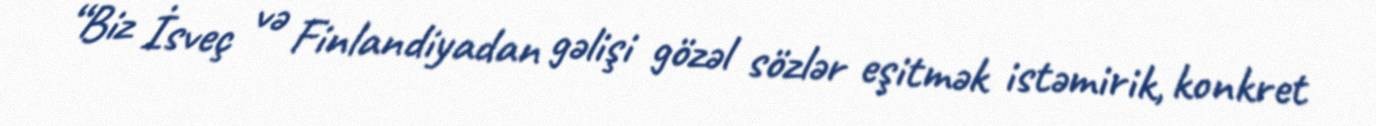
“Biz İsveç və Finlandiyadan gəlişi gözəl sözlər eşitmək istəmirik, konkret